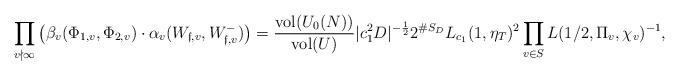
LaTeX: \begin{align*} \prod_{v\nmid\infty}\left(\beta_v(\Phi_{1,v},\Phi_{2,v})\cdot\alpha_{v}(W_{\mathfrak{f},v},W^-_{\mathfrak{f},v})\right)=\frac{{\rm vol}(U_0(N))}{{\rm vol}(U)}|c_1^2 D|^{-\frac{1}{2}}2^{\#S_D}L_{c_1}(1,\eta_{T})^2\prod_{v\in S}L(1/2,\Pi_v,\chi_v)^{-1}, \end{align*}